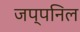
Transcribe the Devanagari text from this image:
जप्पनिल